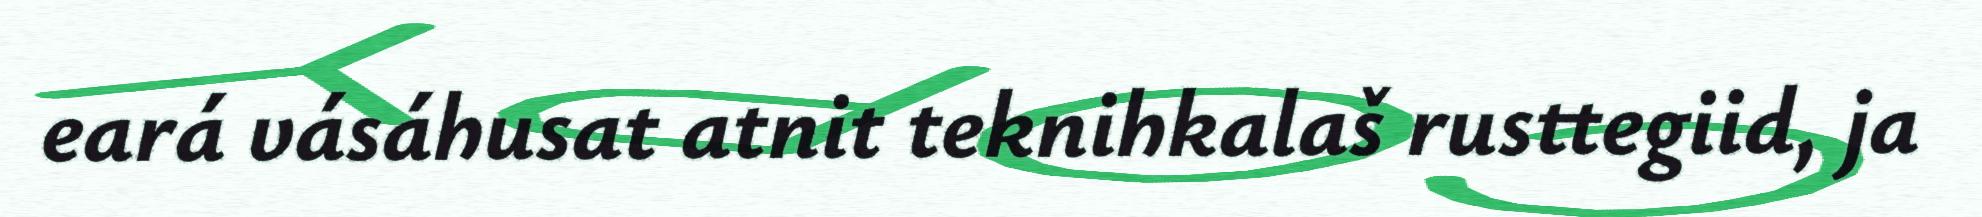
eará vásáhusat atnit teknihkalaš rusttegiid, ja